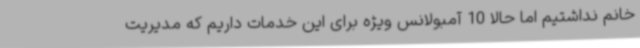
خانم نداشتیم اما حالا 10 آمبولانس ویژه برای این خدمات داریم که مدیریت